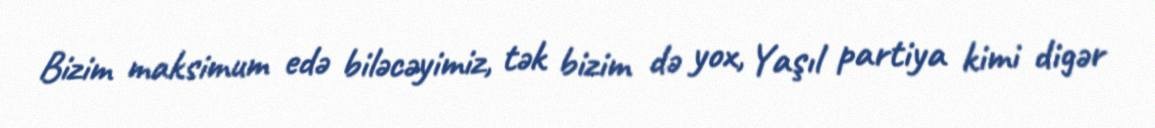
Bizim maksimum edə biləcəyimiz, tək bizim də yox, Yaşıl partiya kimi digər